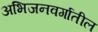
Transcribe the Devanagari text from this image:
अभिजनवर्गातील